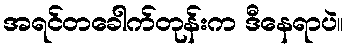
အရင်တခေါက်တုန်းက ဒီနေရာပဲ။